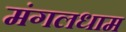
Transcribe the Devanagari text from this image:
मंगलधाम